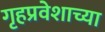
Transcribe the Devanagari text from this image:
गृहप्रवेशाच्या